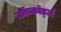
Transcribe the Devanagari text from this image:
कॉन्कॉर्ड्ज़